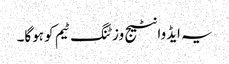
یہ ایڈوانٹیج وزٹنگ ٹیم کو ہوگا۔